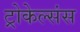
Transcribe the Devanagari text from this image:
ट्रोकेल्संस